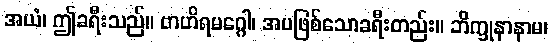
အယံ၊ ဤခရီးသည်။ ဗာဟိရမဂ္ဂေါ၊ အပဖြစ်သောခရီးတည်း။ ဘိက္ခုနာနာမ၊